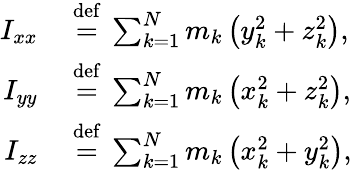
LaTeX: {\begin{array}{rl}{I_{xx}\ }&{{\stackrel{\mathrm{def}}{=}}\ \sum_{k=1}^{N}m_{k}\left(y_{k}^{2}+z_{k}^{2}\right),}\\ {I_{yy}\ }&{{\stackrel{\mathrm{def}}{=}}\ \sum_{k=1}^{N}m_{k}\left(x_{k}^{2}+z_{k}^{2}\right),}\\ {I_{zz}\ }&{{\stackrel{\mathrm{def}}{=}}\ \sum_{k=1}^{N}m_{k}\left(x_{k}^{2}+y_{k}^{2}\right),}\end{array}}